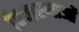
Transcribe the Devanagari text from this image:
विचारणाओं